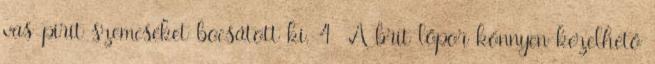
vas-pirit szemcséket bocsátott ki. 4 A brit lőpor könnyen kezelhető